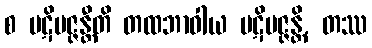
စ ပဋိပဇ္ဇန္တီတိ တထဘာဝါယ ပဋိပဇ္ဇန္တိ, တဿ